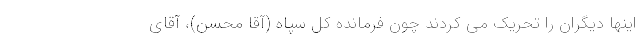
اینها دیگران را تحریک می کردند چون فرمانده کل سپاه (آقا محسن)، آقای